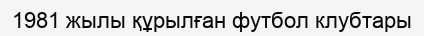
1981 жылы құрылған футбол клубтары